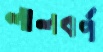
লালবর্ণ